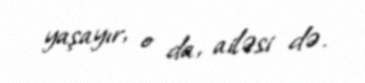
yaşayır, o da, ailəsi də.